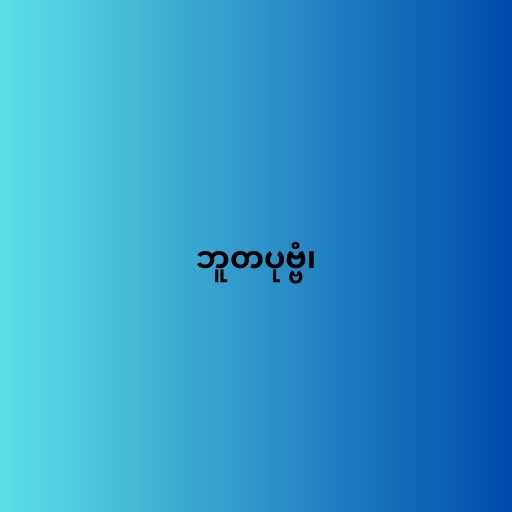
ဘူတပုဗ္ဗံ၊